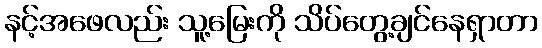
နင့်အဖေလည်း သူ့မြေးကို သိပ်တွေ့ချင်နေရှာတာ